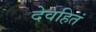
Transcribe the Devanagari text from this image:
देवहितं